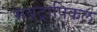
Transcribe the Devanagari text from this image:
सबट्रापिकल